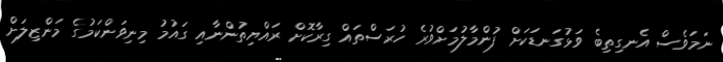
ނަމަވެސް އެނގިތިބެ ވަޅުގަނޑަކަށް ފުންމާލުމަށްވުރެ ހުރަސްތައް ގިރާކޮށް ރައްޔިތުންނާއި ގައުމު މިނިވަންކަމުގެ މަންޒިލަށް